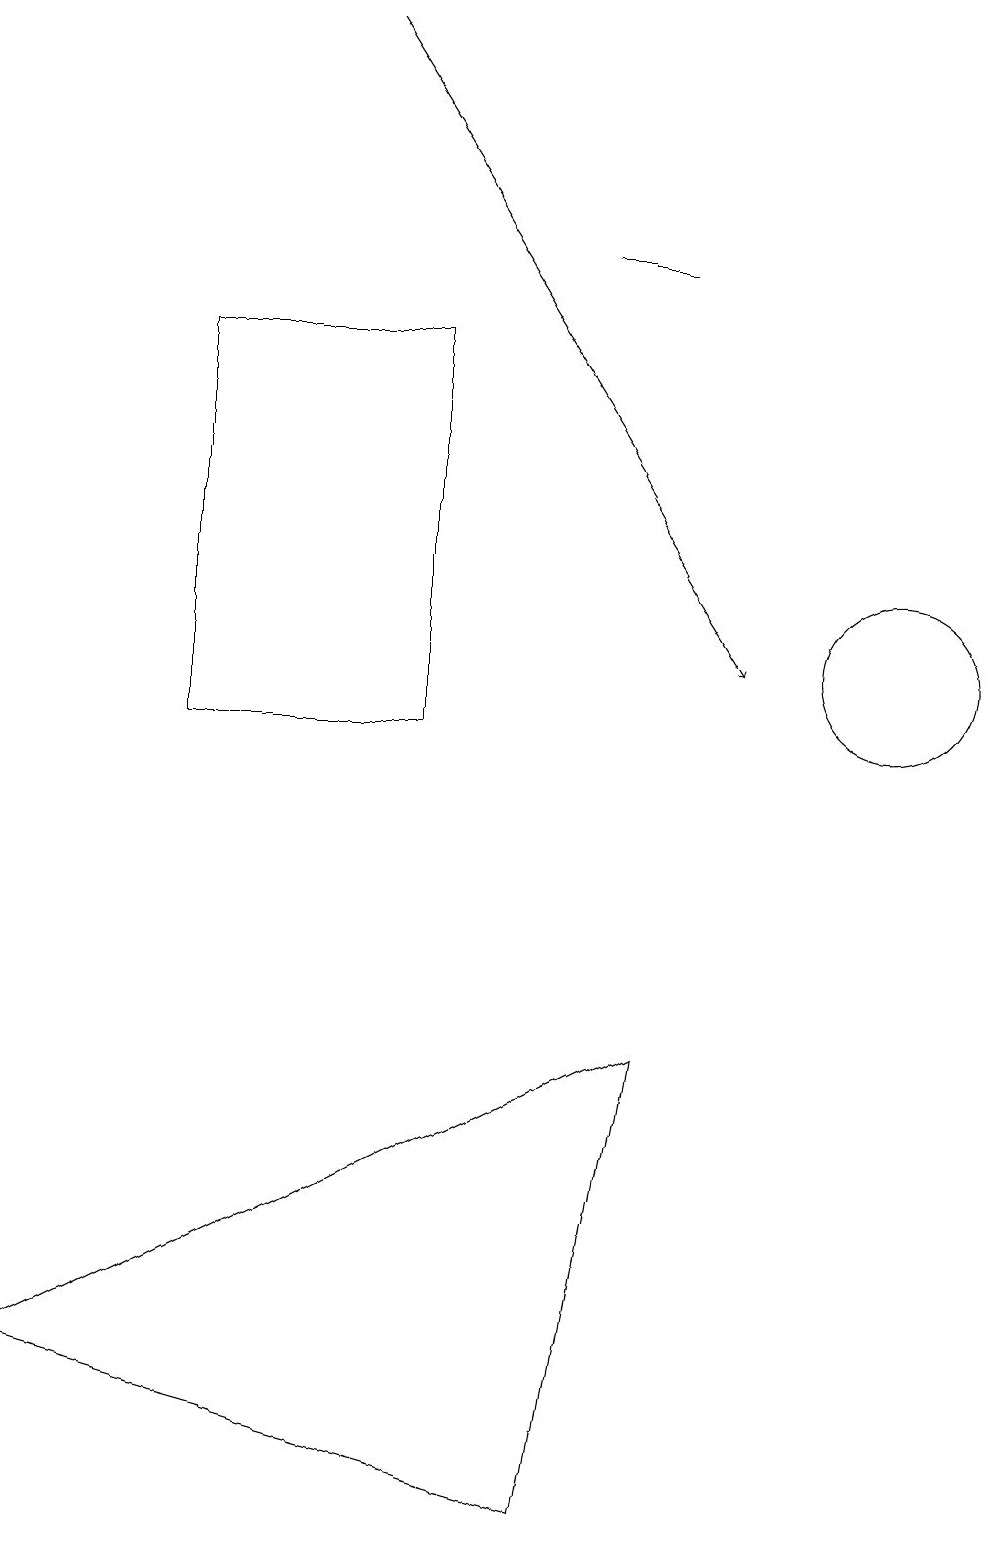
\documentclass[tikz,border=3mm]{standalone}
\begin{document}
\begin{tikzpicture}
\draw (7,16) rectangle (8,16);
\draw (7,0) -- (8,6) -- (0,2) -- cycle;
\draw (2,15) rectangle (5,10);
\draw[->] (4,19) -- (9,11);
\draw (11,11) circle (1);
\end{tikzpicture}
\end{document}